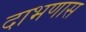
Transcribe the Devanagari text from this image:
दाभणास